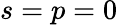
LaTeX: s=p=0